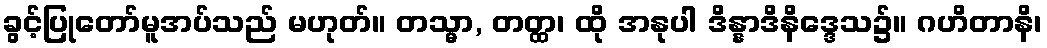
ခွင့်ပြုတော်မူအပ်သည် မဟုတ်။ တသ္မာ, တတ္ထ၊ ထို အနုပါ ဒိန္နာဒိနိဒ္ဒေသ၌။ ဂဟိတာနိ၊